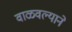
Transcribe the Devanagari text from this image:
वाळवल्याने